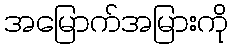
အမြောက်အမြားကို